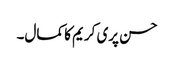
حسن پری کریم کا کمال۔